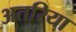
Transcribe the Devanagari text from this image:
अतरिया